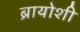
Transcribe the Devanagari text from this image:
ब्रायोशी